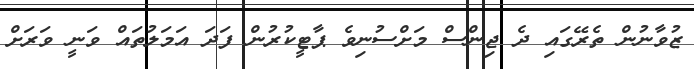
ޒުވާނުން ތެރޭގައި ދެ ޖިންސް މަށްސުނިވެ ޕާޓީކުރުން ފަދަ އަމަލުތައް ވަނީ ވަރަށް